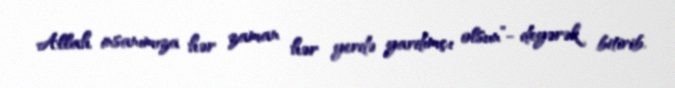
Allah insanımıza hər zaman hər yerdə yardımçı olsun”- deyərək bitirib.